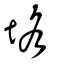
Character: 垎